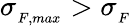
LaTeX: \sigma_{{}_{F,max}}>\sigma_{{}_{F}}